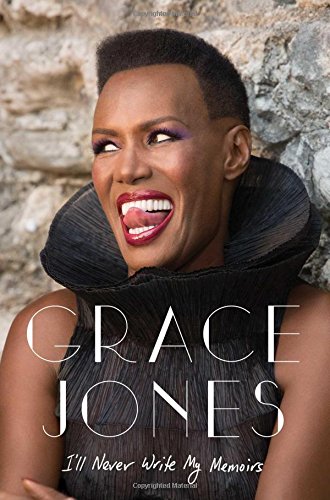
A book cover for I'll Never Write My Memoirs; Grace Jones; Humor & Entertainment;